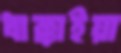
ধাক্কাইয়া